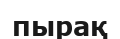
пырақ